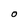
Character: O